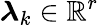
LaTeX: \boldsymbol{\lambda}_{k}\in\mathbb{R}^{r}